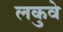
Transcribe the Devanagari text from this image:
लकुवे